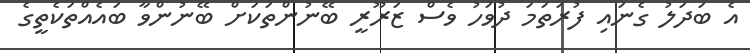
އެ ބަދަލު ގެނައި ފުރަތަމަ ދުވަހު ވެސް ޒަރޫރީ ބޭނުންތަކަށް ބޭނުންވާ ބައެއްތަކެތީގެ